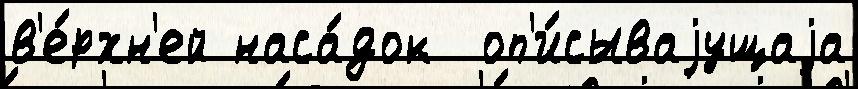
в'е́рхн'ей наса́док  оп'и́сываjущаjа